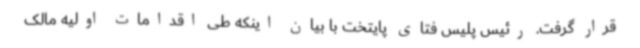
قرار گرفت. رئیس پلیس فتای پایتخت با بیان اینکه طی اقدامات اولیه‌ مالک